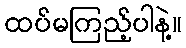
ထပ်မကြည့်ပါနဲ့။